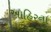
આહિરના